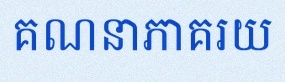
គណនាភាគរយ